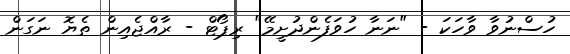
ހުސްނުވާ ވާހަކަ - "ނަނާ ހުވަފެންދުށީމޭ" ރިޕޯޓް - ރާއްޖެއިން ތެޔޮ ނަގަން